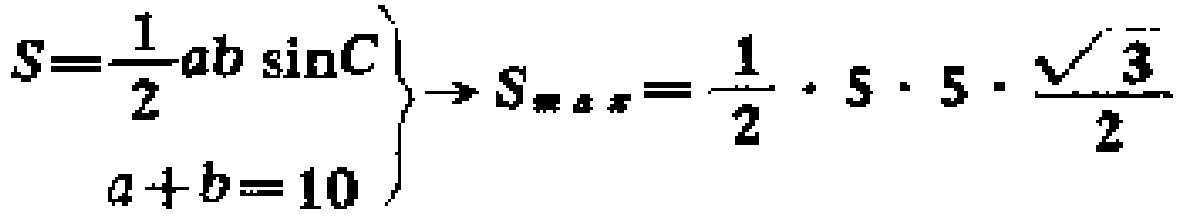
\[
\left.
\begin{array}{l}
S = \frac{1}{2}ab\sin C \\
a + b = 10
\end{array}
\right\}
\rightarrow
S_{\max} = \frac{1}{2} \cdot 5 \cdot 5 \cdot \frac{\sqrt{3}}{2}
\]